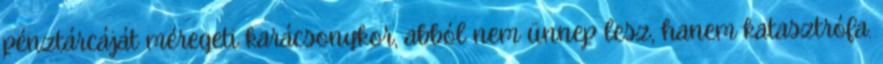
pénztárcáját méregeti karácsonykor, abból nem ünnep lesz, hanem katasztrófa.